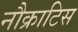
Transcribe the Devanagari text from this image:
नौक्राटिस